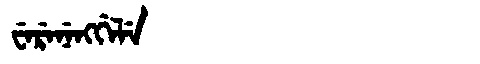
Manchu: ᠸᡝᡵᡝᠨᡝᠩᡤᡝᠯᡝ
Romanization: WERENENGGELE